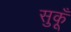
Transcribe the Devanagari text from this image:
सुकूँ